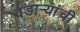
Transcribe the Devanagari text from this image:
वडार्‍यांची